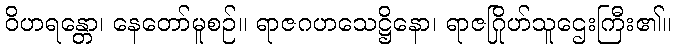
ဝိဟရန္တော၊ နေတော်မူစဉ်။ ရာဇဂဟသေဋ္ဌိနော၊ ရာဇဂြိုဟ်သူဌေးကြီး၏။